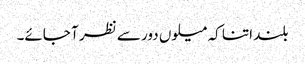
بلند اتنا کہ میلوں دور سے نظر آ جائے۔